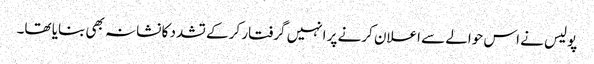
پولیس نے اس حوالے سے اعلان کرنے پر انہیں گرفتار کر کے تشدد کا نشانہ بھی بنایا تھا۔